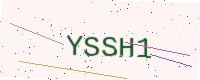
Text: YSSH1